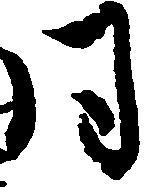
同